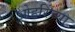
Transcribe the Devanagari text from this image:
ओहरिंच्या